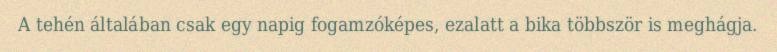
A tehén általában csak egy napig fogamzóképes, ezalatt a bika többször is meghágja.